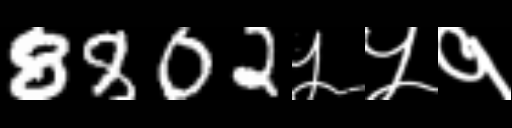
Text: 8802५५१